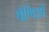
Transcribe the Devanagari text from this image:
श्रैणिशो